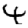
Digit: 4